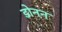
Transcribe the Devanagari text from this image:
डोनन